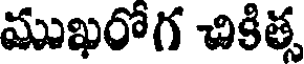
ముఖరోగ చికిత్స